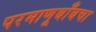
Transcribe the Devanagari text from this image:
परमाणूबाँबचा